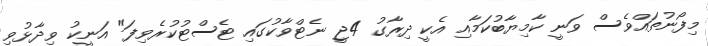
މިފޯނުތައްވެސް ވަނީ ކާމިޔާބުކަމާއި އެކީ ދިރާގު 4ޖީ ނެޓްވާކުގައި ޓެސްޓުކުރެވިފަ" އަނީކު ވިދާޅުވި